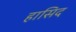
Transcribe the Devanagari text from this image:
हासिद